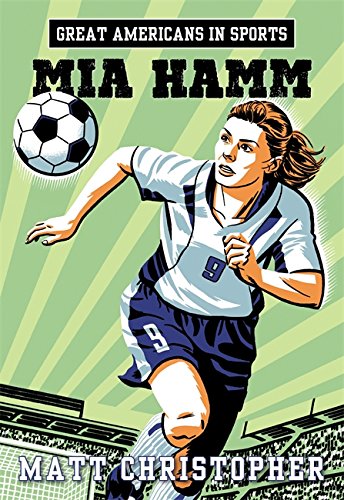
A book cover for Great Americans in Sports:  Mia Hamm; Matt Christopher; Children's Books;